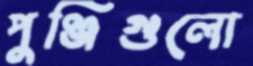
পুঞ্জিগুলো